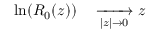
\begin{array} { r l } { \ln ( R _ { 0 } ( z ) ) } & { { } \xrightarrow [ | z | \to 0 ] { } z } \end{array}